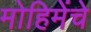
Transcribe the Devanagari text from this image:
मोहिमेंचे